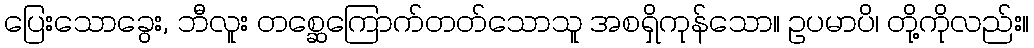
ပြေးသောခွေး, ဘီလူး တစ္ဆေကြောက်တတ်သောသူ အစရှိကုန်သော။ ဥပမာပိ၊ တို့ကိုလည်း။